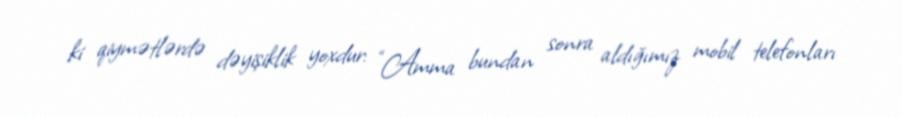
ki qiymətlərdə dəyişiklik yoxdur: “Amma bundan sonra aldığımız mobil telefonları